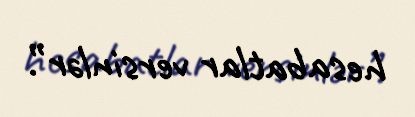
hesabatlar versinlər”.